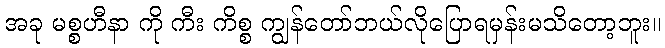
အခု မစ္စဟီနာ ကို ကီး ကိစ္စ ကျွန်တော်ဘယ်လိုပြောရမှန်းမသိတော့ဘူး။